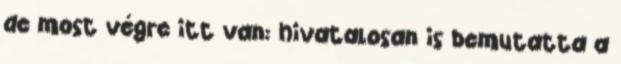
de most végre itt van: hivatalosan is bemutatta a